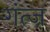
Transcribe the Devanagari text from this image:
गंत्ज़